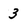
Character: 3